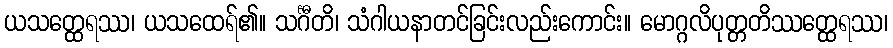
ယသတ္ထေရဿ၊ ယသထေရ်၏။ သင်္ဂီတိ၊ သံဂါယနာတင်ခြင်းလည်းကောင်း။ မောဂ္ဂလိပုတ္တတိဿတ္ထေရဿ၊